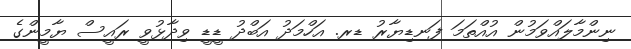
ނިންމާލައްވަމުން އުއްތަމަ ފަނޑިޔާރު ޑރ. އަހްމަދު އަބްދު ޑީޑީ ވިދާޅުވީ ރައީސް ޔާމީންގެ